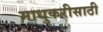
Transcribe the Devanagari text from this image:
माधुकरीसाठी